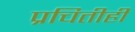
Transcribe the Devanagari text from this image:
प्रचितीही